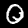
Label: 0